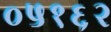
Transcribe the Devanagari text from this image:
०५१६२